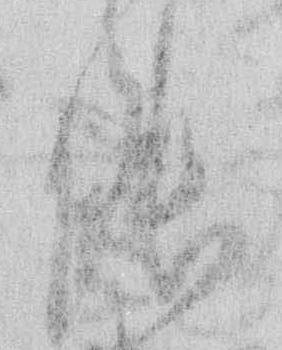
能